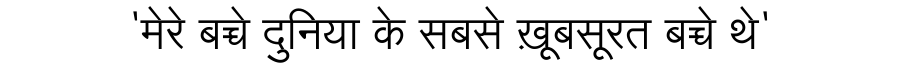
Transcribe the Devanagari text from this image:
'मेरे बच्चे दुनिया के सबसे ख़ूबसूरत बच्चे थे'